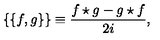
\{ \{ f , g \} \} \equiv { \frac { f \star g - g \star f } { 2 i } } ,